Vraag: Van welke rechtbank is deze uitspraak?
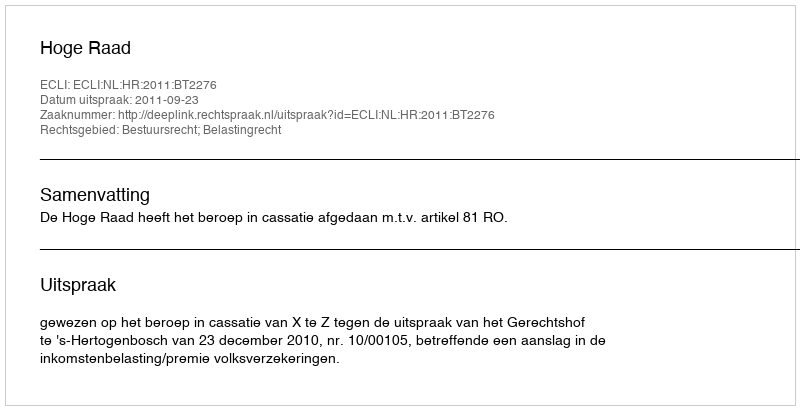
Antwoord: Hoge Raad